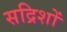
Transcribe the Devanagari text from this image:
सद्रिशों